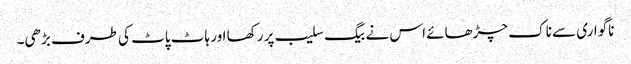
ناگواری سے ناک چڑھائے اس نے بیگ سلیب پر رکھا اور ہاٹ پاٹ کی طرف بڑھی۔